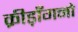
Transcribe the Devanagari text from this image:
क्रीड़ाँगनो